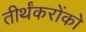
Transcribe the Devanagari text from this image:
तीर्थंकरोंको